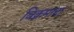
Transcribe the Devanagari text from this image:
विक्रमाचा